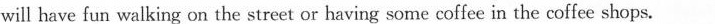
will have fun walking on the street or having some coffee in the coffee shops.